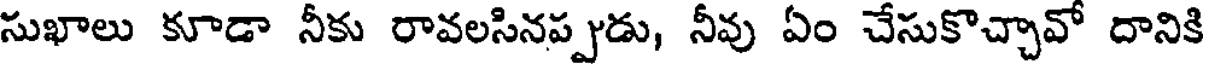
సుఖాలు కూడా నీకు రావలసినప్పుడు, నీవు ఏం చేసుకొచ్చావో దానికి